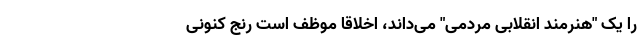
را یک "هنرمندِ انقلابیِ مردمی" می‌داند، اخلاقا موظف است رنج کنونی